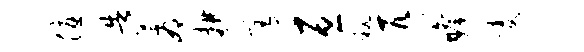
优告蓐耕宥亘秘匹瞻凌